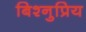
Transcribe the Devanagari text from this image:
बिश्नुप्रिय